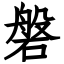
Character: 磐